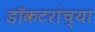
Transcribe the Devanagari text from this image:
डॉकटरांच्या